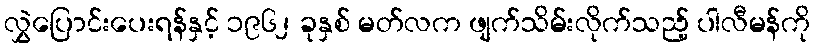
လွှဲပြောင်းပေးရန်နှင့် ၁၉၆၂ ခုနှစ် မတ်လက ဖျက်သိမ်းလိုက်သည့် ပါလီမန်ကို